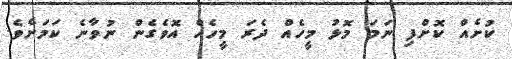
ކުށެއް ކޮށްފި ނަމަ މޮޅު މީހެއް ދެރަ މީހެއް އޮވެގެން ނުވާނެ ކަމަށެވެ.